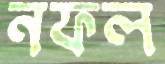
নফল